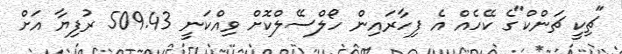
"ޗިކީ ޗަންކް"ގެ ކޭހެއް އެ ފިހާރައިން ހޯލްސޭލްކޮށް ވިއްކަނީ 509.43 ރުފިޔާ އަށް